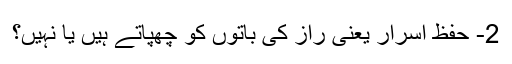
2- حفظ اسرار یعنی راز کی باتوں کو چھپاتے ہیں یا نہیں؟